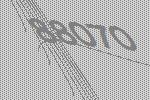
88070